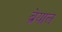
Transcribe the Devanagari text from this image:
ब्रेयाल